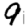
Digit: 9